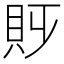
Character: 𧴷